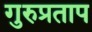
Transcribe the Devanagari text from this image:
गुरुप्रताप